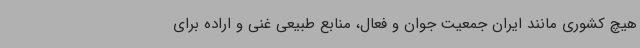
هیچ کشوری مانند ایران جمعیت جوان و فعال، منابع طبیعی غنی و اراده برای